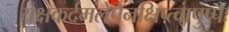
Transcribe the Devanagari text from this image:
यक्षकर्दमलेपेनक्षिप्त्वापुष्पैः